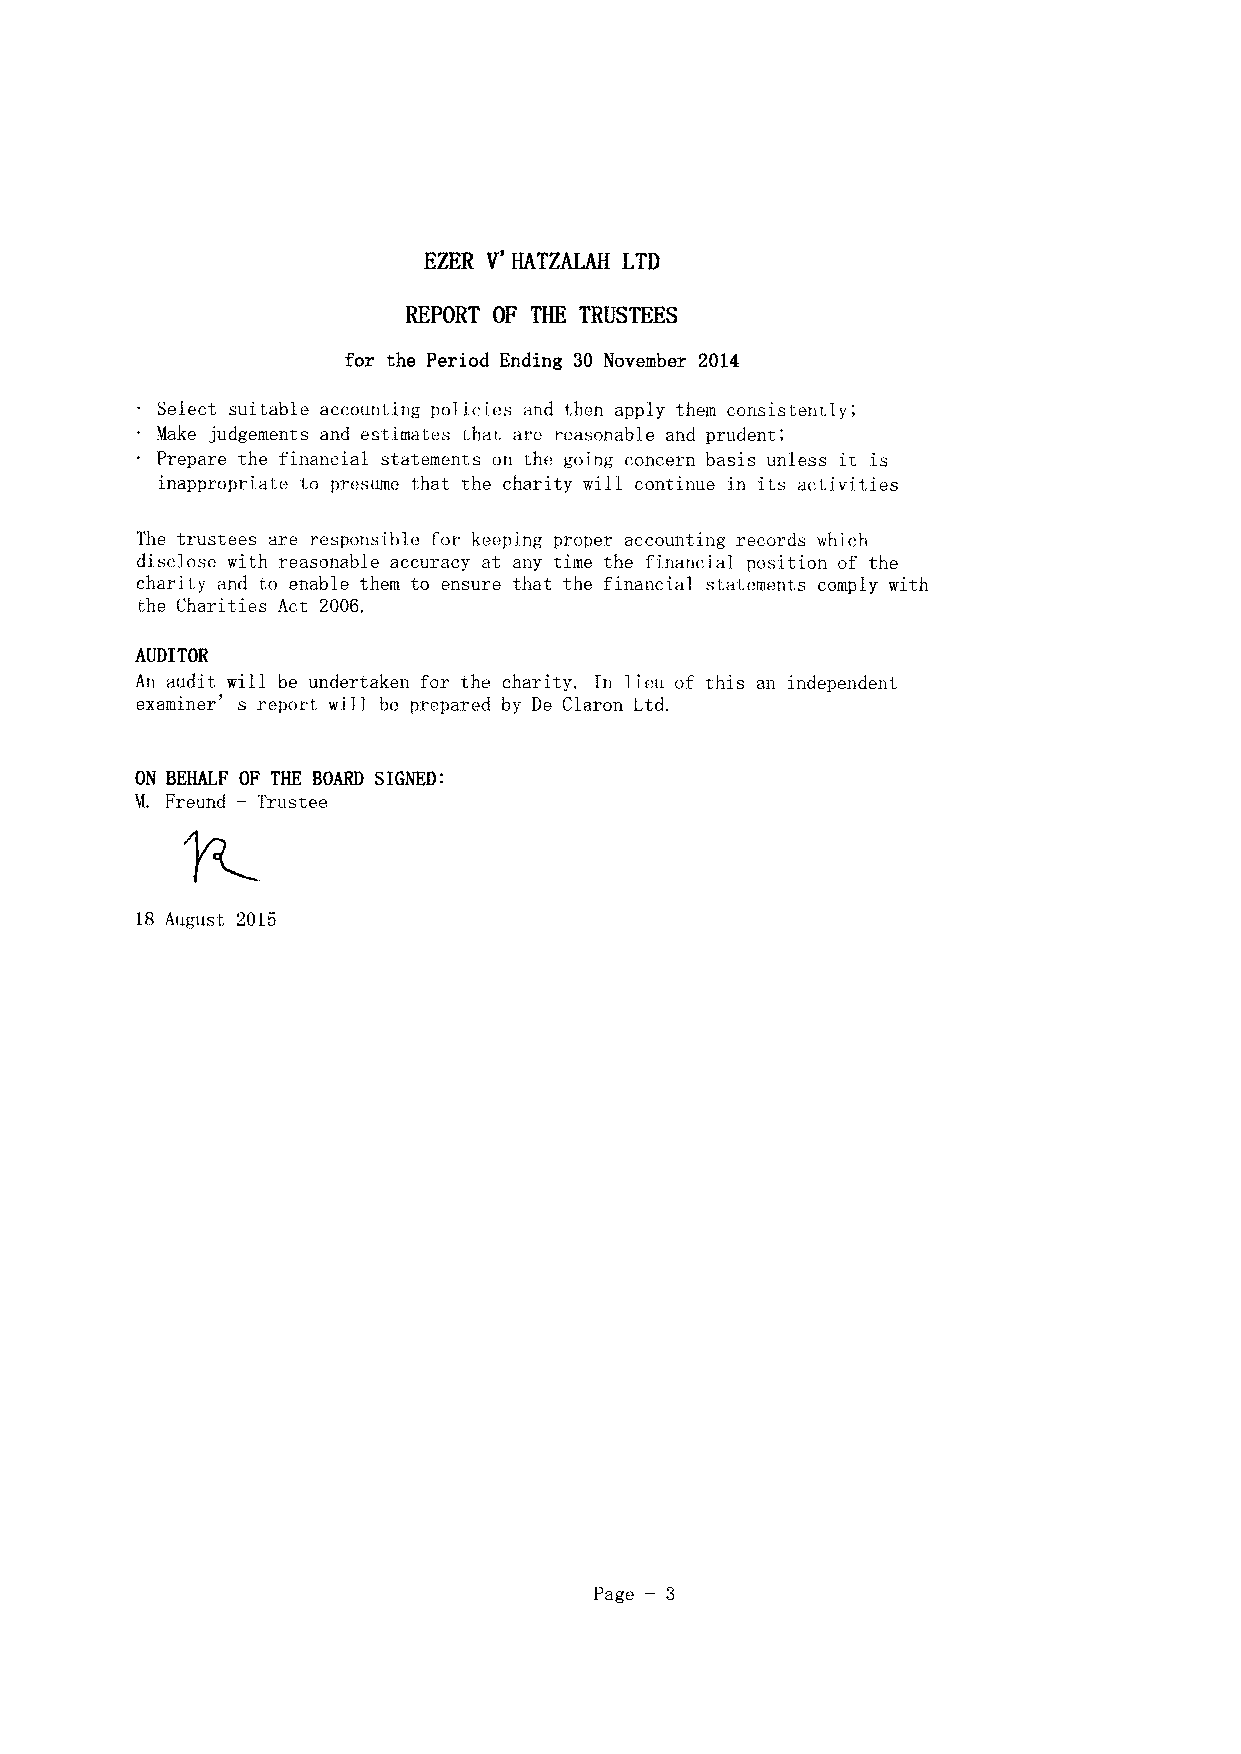
EZER V' HATZALAH LTD
 REPORT OF THE TRUSTEES
 for the Period Ending 30 November 2014
 Select suitable accounting policies and then apply them consistently',
 Make judgements and estimates that are reasonable and prudent;
 Prepare the financial statements on the going concern basis unless it is
 inappropriate to presume that the charity will continue in its activities
 The trustees are responsible for keeping proper accounting records which
 disclose with reasonable accuracy at any time the financial position of the
 charity and to enable them to ensure that the financial statements comply with
 the Charities Act 2006.
 AUDITOR
 An audit will be undertaken for the charity. In lieu of this an independent
 examiner' s report will be prepared by De Claron Ltd.
 ON BEHALF OF THE BOARD SIGNED:
 M. Freund —Trustee
 18 August 2015
 —
 Page 3